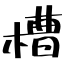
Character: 槽